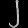
Digit: ၂